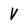
Character: V